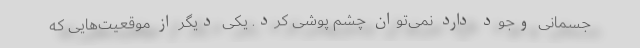
جسمانی وجود دارد نمی‌توان چشم پوشی کرد. یکی دیگر از موقعیت‌هایی که